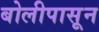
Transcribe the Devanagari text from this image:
बोलीपासून